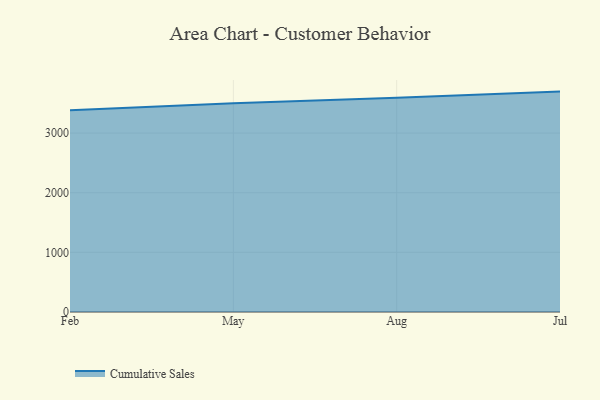
{"axis": {"x": "Month", "y": "Website Visitors"}, "legend": ["Cumulative Sales"], "data": [{"x": "Feb", "y": 3384.7, "type": "Cumulative Sales"}, {"x": "May", "y": 3501.6, "type": "Cumulative Sales"}, {"x": "Aug", "y": 3593.9, "type": "Cumulative Sales"}, {"x": "Jul", "y": 3695.3, "type": "Cumulative Sales"}]}